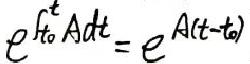
\[
e^{\int_{t_0}^{t} A dt}=e^{A(t - t_0)}
\]